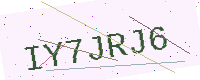
Text: IY7JRJ6